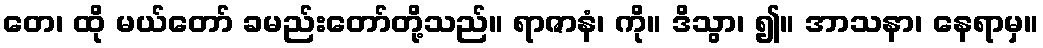
တေ၊ ထို မယ်တော် ခမည်းတော်တို့သည်။ ရာဇာနံ၊ ကို။ ဒိသွာ၊ ၍။ အာသနာ၊ နေရာမှ။